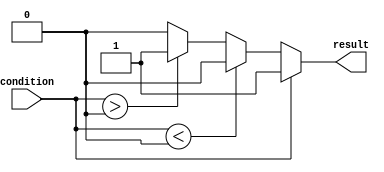
module if_else_statement(
    input wire condition,
    output reg result
);

always @(*) begin
    if (condition) begin
        // If condition is true
        result = 1;
    end else if (condition < 0) begin
        // Else if condition is less than 0
        result = 2;
    end else if (condition > 0) begin
        // Else if condition is greater than 0
        result = 3;
    end else begin
        // Default behavior
        result = 0;
    end
end

endmodule